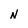
Character: N